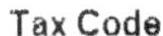
TAX CODE